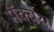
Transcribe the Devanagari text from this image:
मॅक्बेथ